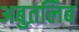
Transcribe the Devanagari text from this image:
अबुतलिब